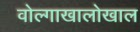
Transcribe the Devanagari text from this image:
वोल्गाखालोखाल